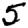
Digit: 5